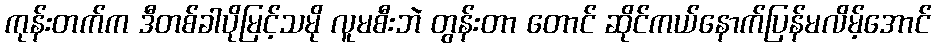
ကုန်းတက်က ဒီတစ်ခါပိုမြင့်သမို လူမစီးဘဲ တွန်းတာ တောင် ဆိုင်ကယ်နောက်ပြန်မလိမ့်အောင်